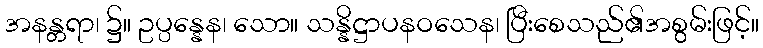
အနန္တရာ၊ ၌။ ဥပ္ပန္နေန၊ သော။ သန္နိဋ္ဌာပနဝသေန၊ ပြီးစေသည်၏အစွမ်းဖြင့်။